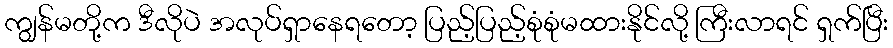
ကျွန်မတို့က ဒီလိုပဲ အလုပ်ရှာနေရတော့ ပြည့်ပြည့်စုံစုံမထားနိုင်လို့ ကြီးလာရင် ရှက်ပြီး